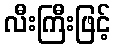
လီးကြီးဖြင့်